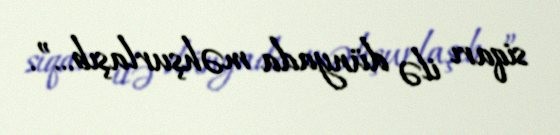
siqarı ilə dünyada məhşurlaşıb…”.